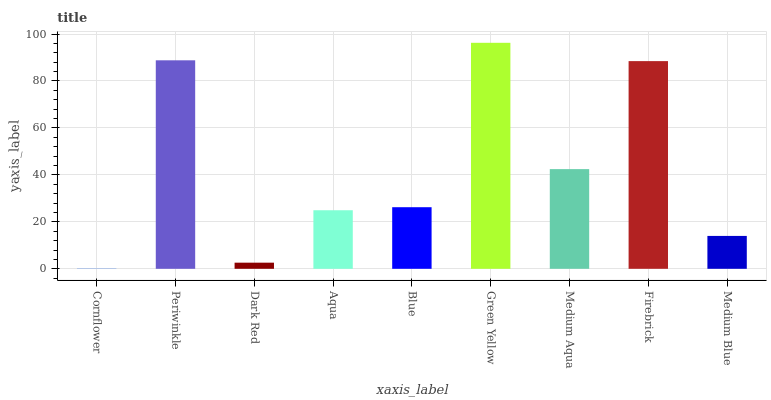
| xaxis_label | bars |
 | --- | --- |
 | Cornflower | 0.156 |
 | Periwinkle | 88.8 |
 | Dark Red | 2.61 |
 | Aqua | 24.9 |
 | Blue | 26.2 |
 | Green Yellow | 96.3 |
 | Medium Aqua | 42.5 |
 | Firebrick | 88.5 |
 | Medium Blue | 14 |